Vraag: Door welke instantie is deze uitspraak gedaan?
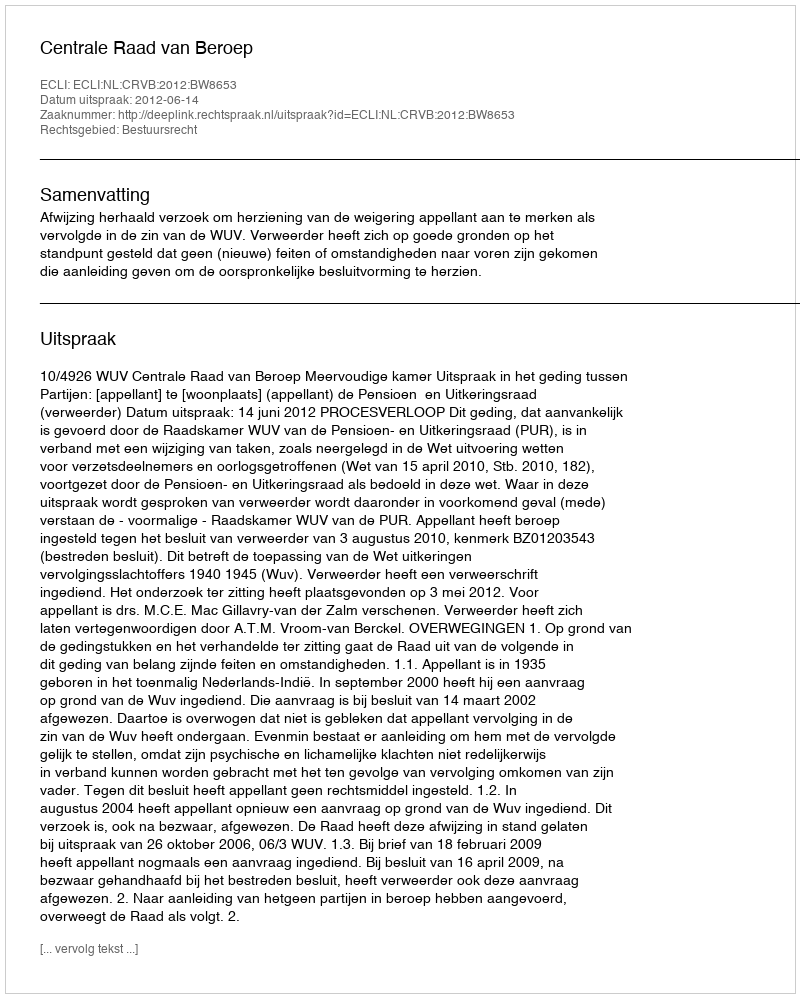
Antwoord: Centrale Raad van Beroep